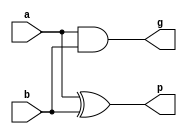
`timescale 1ns/1ps
module PGGen(output g, p, input a, b);
 
  and #(1) (g, a, b);
  xor #(2) (p, a, b);
 
endmodule